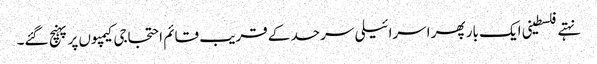
نہتے فلسطینی ایک بار پھر اسرائیلی سرحد کے قریب قائم احتجاجی کیمپوں پر پہنچ گئے۔